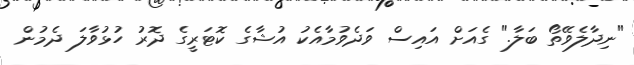
"ނިދާލެވޭތޯ ބަލާ." ގެއަށް އައިސް ވަދެވުމާއެކު އުޝާގެ ކޮޓަރީގެ ދޮރު ހުޅުވާލަ ދެމުން